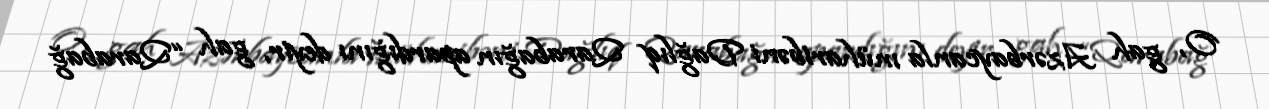
O, gah Azərbaycanla müharibəni Dağlıq Qarabağın apardığını deyir, gah “Qarabağ